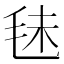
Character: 𣭐